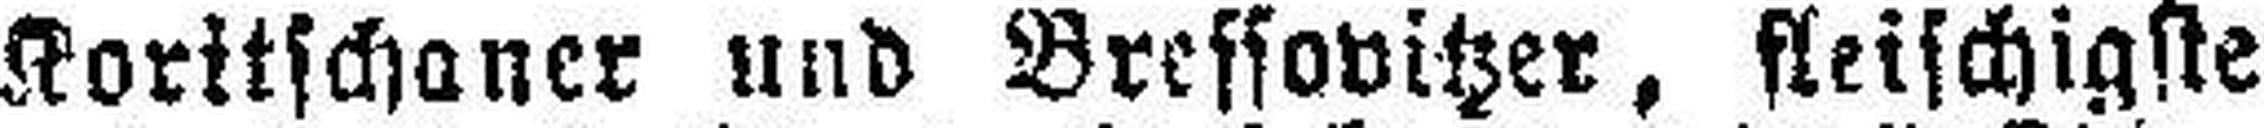
Koritschaner und Bressovitzer, fleischigste